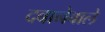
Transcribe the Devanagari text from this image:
दबानेवाले